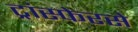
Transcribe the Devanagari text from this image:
ट्रांस्फेरसे